Medical and sanitary report of the native army of Bengal for the year
Year: 1875
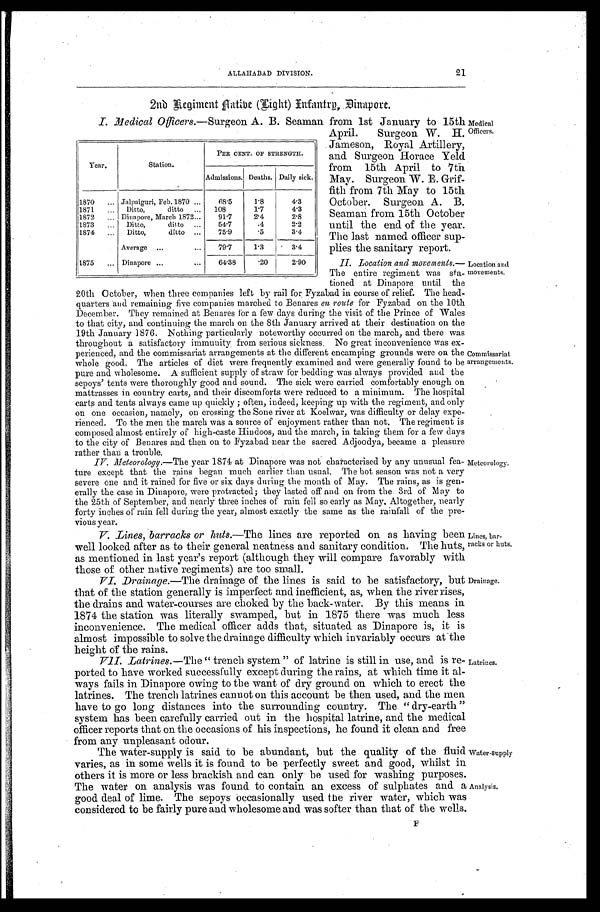
21
ALLAHABAD DIVISION.
2nd Regiment Aatibe (Light) Infantry, Dinapore.
I. Medical Officers .—Surgeon A. B. Seaman from 1st January to 15th
April. Surgeon W. H.
Jameson, Royal Artillery,
and Surgeon Horace Yeld
from 15th April to 7th
May. Surgeon W. E. Grif
- f i t h f r o m 7 t h M a y t o 1 5 t h
October. Surgeon A. B.
Seaman from 15th October
until the end of the year.
The last named officer sup
- p l i e s t h e s a n i t a r y r e p o r t .
II. Location and movements.—
The entire regiment was sta
-
tioned at Dinapore until the
20th October, when three companies left by rail for Fyzabad in course of relief. The head
-quarters and remaining five companies marched to Benares en route for Fyzabad oil the 10th
December. They remained at Benares for a few days during the visit of the Prince of Wales
to that city, and continuing the march on the 8th January arrived at their destination on the
19th January 1876. Nothing particularly noteworthy occurred on the march, and there was
throughout a satisfactory immunity from serious sickness. No great inconvenience was ex
-perienced, and the commissariat arrangements at the different encamping grounds were on the
whole good. The articles of diet were frequently examined and were generally found to be
pure and wholesome. A sufficient supply of straw for bedding was always provided and the
sepoys' tents were thoroughly good and sound. The sick were carried comfortably enough on
mattrasses in country carts, and their discomforts were reduced to a minimum. The hospital
carts and tents always came up quickly; often, indeed, keeping up with the regiment, and only
on one occasion, namely, on crossing the Sone river at Koelwar, was difficulty or delay expe
- r i e n c e d . T o t h e m e n t h e m a r c h w a s a s o u r c e o f e n j o y m e n t r a t h e r t h a n n o t . T h e r e g i m e n t i s
composed almost entirely of high-caste Hindoos, and the march, in taking them for a few days
to the city of Benares and then on to Fyzabad near the sacred Adjoodya, became a pleasure
rather than a trouble.
IV. Meteorology .—The year 1874 at Dinapore was not characterised by any unusual fea
-ture except that the rains began much earlier than usual. The hot season was not a very
severe one and it rained for five or six days during the month of May. The rains, as is gen
-erally the case in Dinapore, were protracted; they lasted off and on from the 3rd of May to
the 25th of September, and nearly three inches of rain fell so early as May. Altogether, nearly
forty inches of rain fell during the year, almost exactly the same as the rainfall of the pre
-vious year.
Year.
Station.
PER CENT. OF STRENGTH.
Admissions. Deaths. Daily sick.
1870 . . . Jalpaiguri, Feb. 1870 . . .
68.5
1.8
4.3
1871 . . .
Ditto, ditto . . .
108
1.7
4.3
1872 . . . Dinapore, March 1872 . . .
91.7
2.4
2.8
1873 . . . Ditto, ditto . . .
54.7
.4
2.2
1874 . . .
Ditto, ditto . . .
75.9
.5
3.4
Average . . .
79.7
1.3
3.4
1875 . . . Dinapore . . .
64.38
.20
2.90
Medical
Officers.
Location and
movements.
Commissariat
arrangements.
Meteorology.
V. Lines, barracks or huts .—The lines are reported on as having been
well looked after as to their general neatness and sanitary condition. The huts,
as mentioned in last year's report (although they will compare favorably with
those of other native regiments) are too small.
VI. Drainage.—The drainage of the lines is said to be satisfactory, but
that of the station generally is imperfect and inefficient, as, when the river rises,
the drains and water-courses are choked by the back-water. By this means in
1874 the station was literally swamped, but in 1875 there was much less
inconvenience. The medical officer adds that, situated as Dinapore is, it is
almost impossible to solve the drainage difficulty which invariably occurs at the
height of the rains.
Lines, bar
-racks or huts.
Drainage.
VII. Latrines.—The " trench system" of latrine is still in use, and is re
-ported to have worked successfully except during the rains, at which time it al
-ways fails in Dinapore owing to the want of dry ground on which to erect the
latrines. The trench latrines cannot on this account be then used, and the men
have to go long distances into the surrounding country. The "dry-earth"
system has been carefully carried out in the hospital latrine, and the medical
officer reports that on the occasions of his inspections, he found it clean and free
from any unpleasant odour.
The water-supply is said to be abundant, but the quality of the fluid
varies, as in some wells it is found to be perfectly sweet and good, whilst in
others it is more or less brackish and can only be used for washing purposes.
The water on analysis was found to contain an excess of sulphates and a
good deal of lime. The sepoys occasionally used the river water, which was
considered to be fairly pure and wholesome and was softer than that of the wells.
Latrines.
Water-supply
Analysis.
F